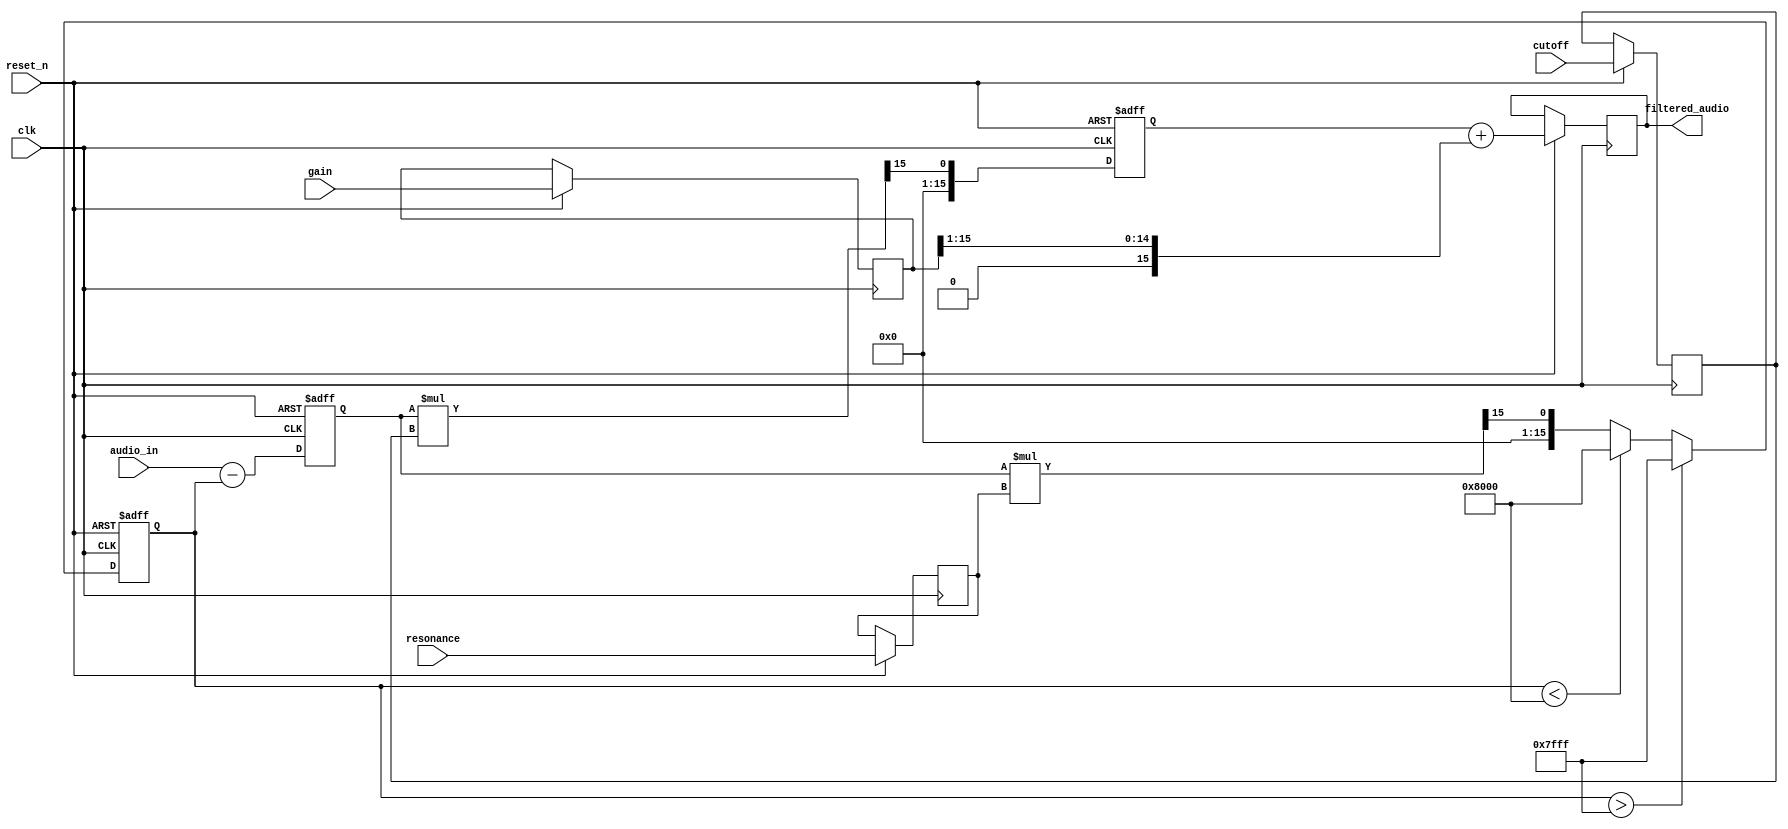
// can you write from scratch a resonant low pass filter in verilog with signed input of 16bit ?

// note output is a reserved keyword, and cannot be used as a register name

// add a reset signal, active low

// add $signed to both sides of comparisons, and right side of assignments

module ResonantLowPassFilter(
    input clk,
    input signed [15:0] audio_in,
    input signed [15:0] cutoff,
    input signed [15:0] resonance,
    input signed [15:0] gain,
    input reset_n,
    output reg signed [15:0] filtered_audio
);

    // Constants
    parameter [15:0] MAX_POS_VALUE = 16'h7FFF;
    parameter [15:0] MIN_NEG_VALUE = -16'h8000;

    // Internal registers
    reg signed [15:0] state;
    reg signed [15:0] feedback;
    reg signed [15:0] output_reg;

    // Calculate coefficients
    reg signed [15:0] alpha;
    reg signed [15:0] beta;
    reg signed [15:0] gamma;

    always @(posedge clk or negedge reset_n) begin
        if (!reset_n) begin
            state <= $signed(16'h0000);
            feedback <= $signed(16'h0000);
            output_reg <= $signed(16'h0000);
        end else begin
            // Calculate coefficients based on cutoff and resonance
            alpha <= $signed(cutoff);
            beta <= $signed(resonance);
            gamma <= $signed(gain);

            // Calculate feedback signal and limit it to the output range
            feedback <= ($signed(state) * $signed(beta)) >> 15;
            if (feedback > $signed(MAX_POS_VALUE))
                feedback <= $signed(MAX_POS_VALUE);
            else if (feedback < $signed(MIN_NEG_VALUE))
                feedback <= $signed(MIN_NEG_VALUE);

            // Update state and filtered_audio
            state <= $signed(audio_in) - feedback;
            output_reg <= ($signed(state) * $signed(alpha)) >> 15;
            filtered_audio <= output_reg + ($signed(gamma) >> 1); // Apply gain and round off
        end
    end

endmodule